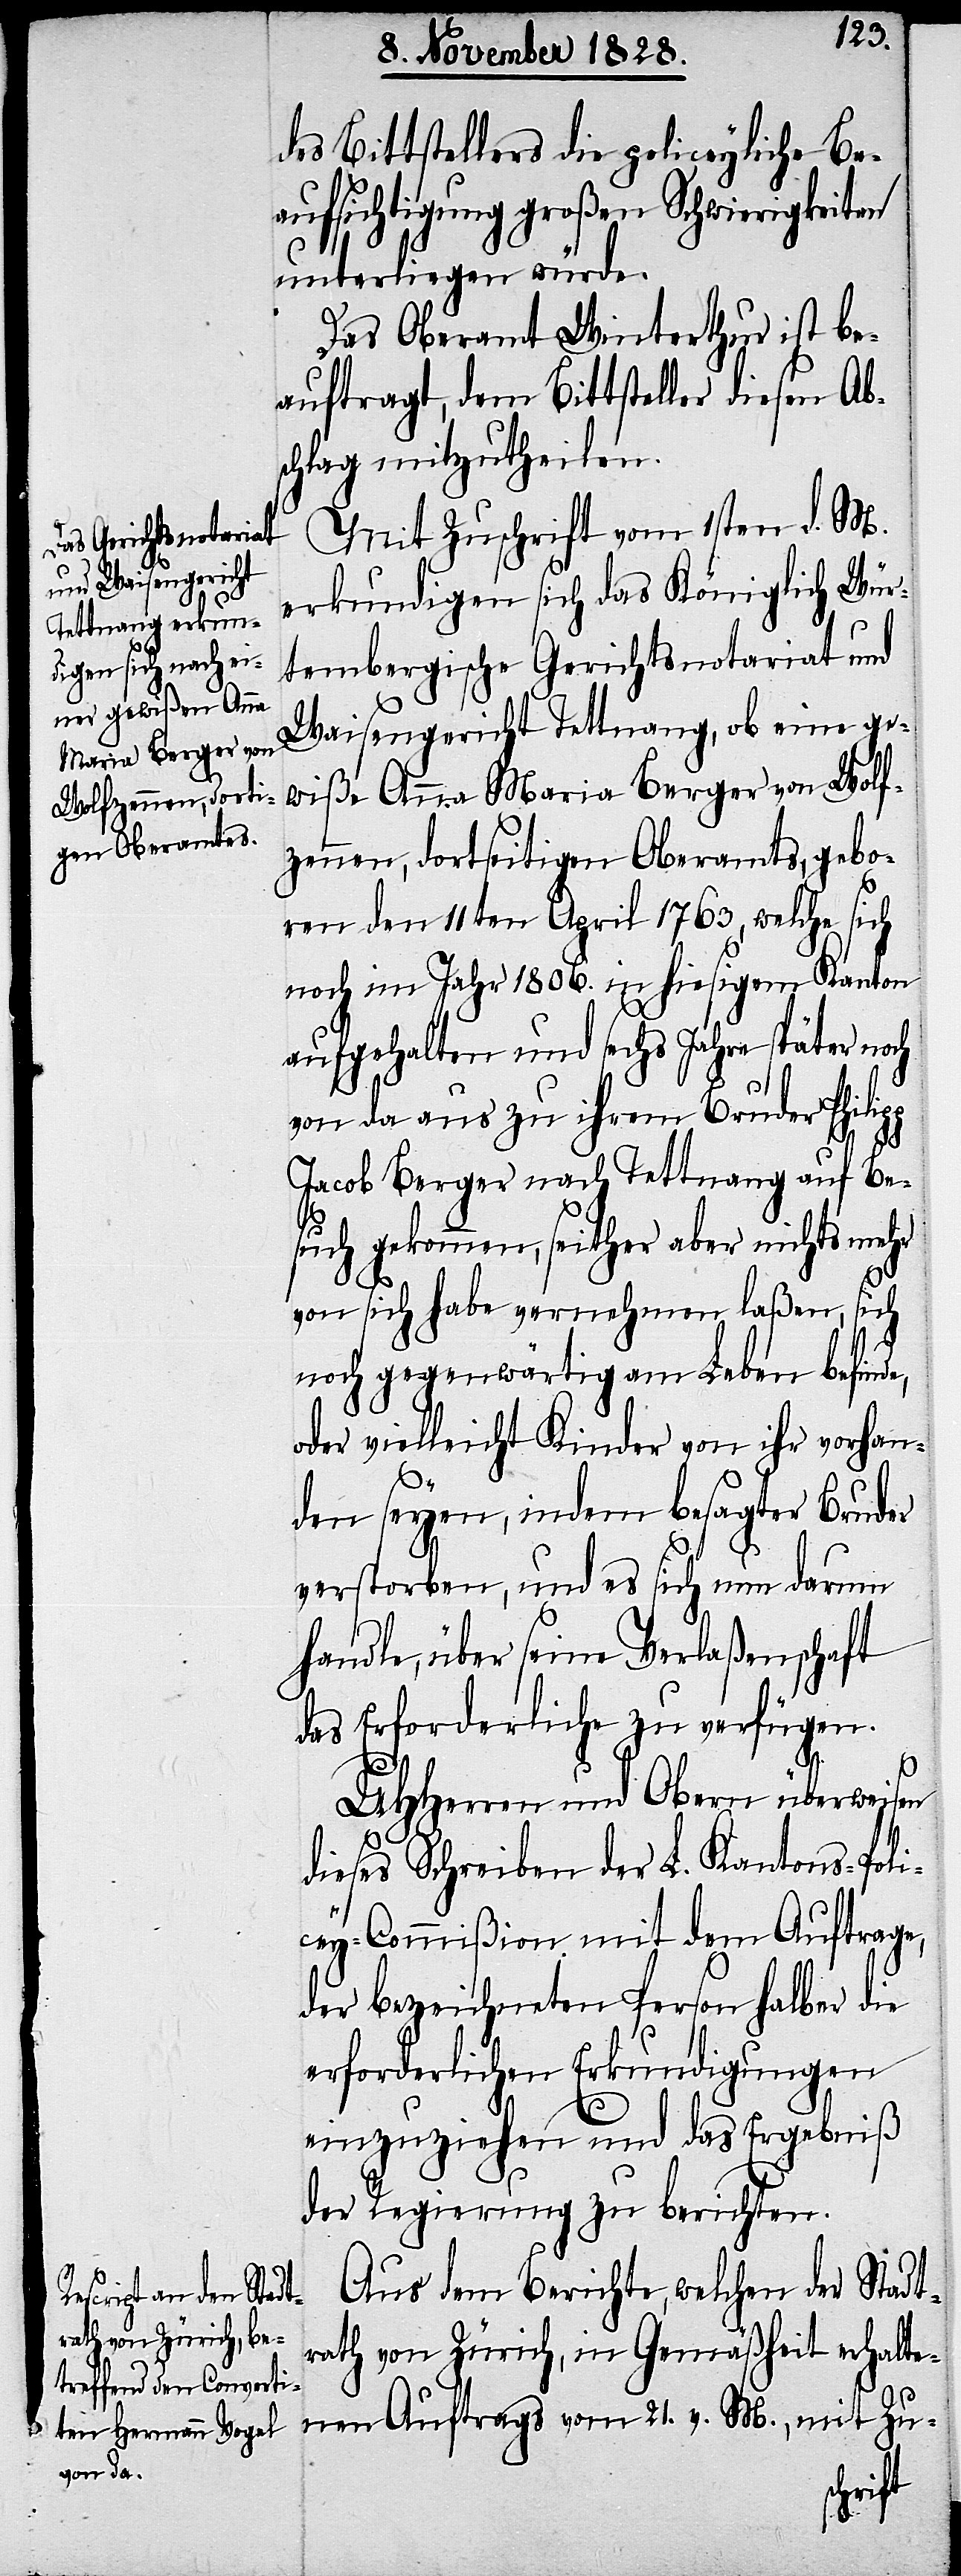
des Bittstellers die policeyliche Be¬
aufsichtigung großen Schwierigkeiten
unterliegen würde.
Das Oberamt Winterthur ist be¬
auftragt, dem Bittsteller diesen Ab¬
schlag mitzutheilen.
Mit Zuschrift vom 1sten d. M.
erkundigen sich das Königlich Wür¬
tembergische Gerichtsnotariat und
Waisengericht Tettnang, ob eine ge¬
wiße Anna Maria Berger von Wolf¬
zennen, dortseitigen Oberamts, gebo¬
ren den 11ten April 1763, welche sich
noch im Jahr 1806. in hiesigem Kanton
aufgehalten und sechs Jahre später noch
von da aus zu ihrem Bruder Philip¬
Jacob Berger nach Tettnang auf Be¬
such gekommen, seither aber nichts mehr
von sich habe vernehmen laßen, sich
p
noch gegenwärtig am Leben befinde,
oder vielleicht Kinder von ihr vorhan¬
den seyen, indem besagter Bruder
verstorben, und es sich nun darum
handle, über seine Verlaßenschaft
das Erforderliche zu verfügen.
UHHerren und Obern überweisen
dieses Schreiben der L. Kantons-Poli¬
cey-Commißion mit dem Auftrage,
der bezeichneten Person halber die
erforderlichen Erkundigungen
einzuziehen und das Ergebniß
der Regierung zu berichten.
Aus dem Berichte, welchen der Stadt¬
rath von Zürich, in Gemäßheit erhalte¬
nen Auftrags vom 21. v. M., mit Zu-